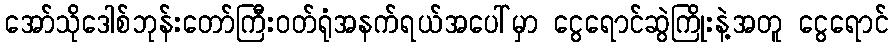
အော်သိုဒေါစ်ဘုန်းတော်ကြီးဝတ်ရုံအနက်ရယ်အပေါ်မှာ ငွေရောင်ဆွဲကြိုးနဲ့အတူ ငွေရောင်